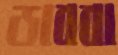
ডাব্বা